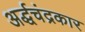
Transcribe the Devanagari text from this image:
अर्द्धचंद्रकार